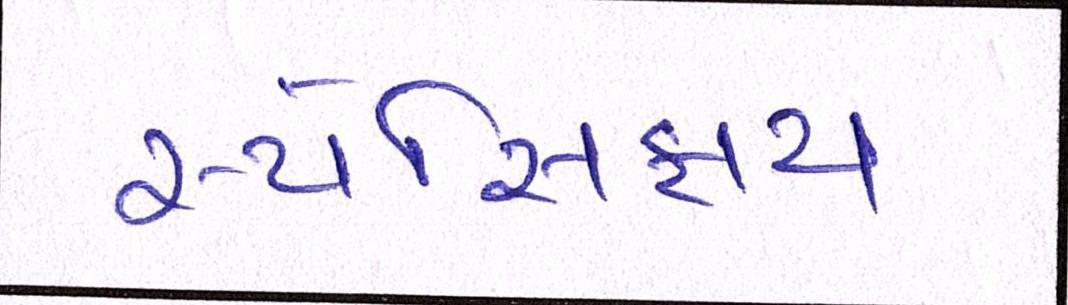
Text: સ્પેસિફાય